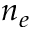
n _ { e }